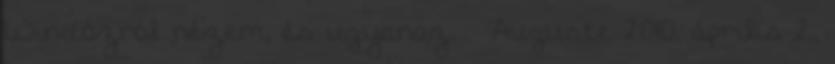
Windózról nézem, és ugyanaz. – Auguste 2010. április 2.,